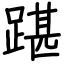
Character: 踸